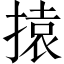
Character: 㨬